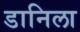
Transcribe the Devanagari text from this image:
डानिला